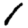
Digit: 1